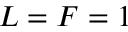
L = F = 1